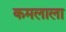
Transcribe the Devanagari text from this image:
कमलाला